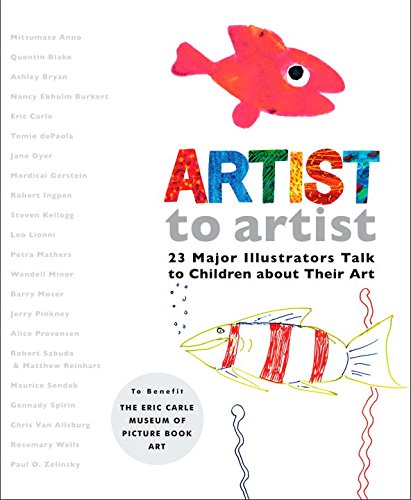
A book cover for Artist to Artist: 23 Major Illustrators Talk to Children About Their Art; Eric Carle Museum Pict. Bk Art; Children's Books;